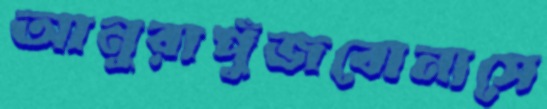
আনুরাপুঁজবোনাসে